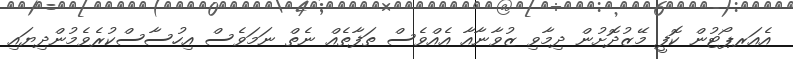
އެއަރޕޯޓުން ކޮފީ މޭޒުދޮށުން ދިމާވި ޒުވާނާއާ އެއްވެސް ތަފާތެއް ނެތް ނަމަވެސް އިހުސާސްކުރެވެމުންދިޔައި